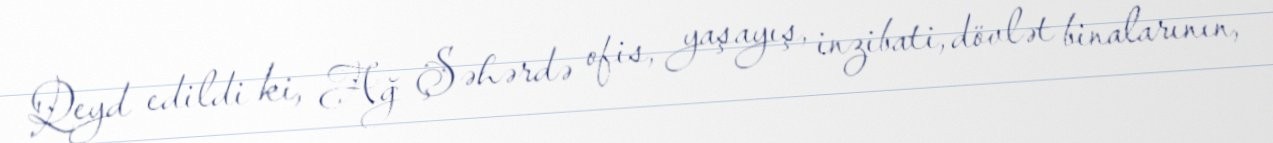
Qeyd edildi ki, Ağ Şəhərdə ofis, yaşayış, inzibati, dövlət binalarının,